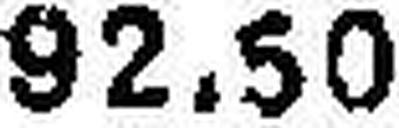
92.50